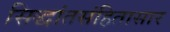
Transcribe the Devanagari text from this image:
सिद्धांतसंहितासार